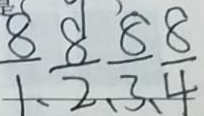
\frac { 8 } { 1 } 、 \frac { 8 } { 2 } 、 \frac { 8 } { 3 } 、 \frac { 8 } { 4 }